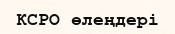
КСРО өлеңдері